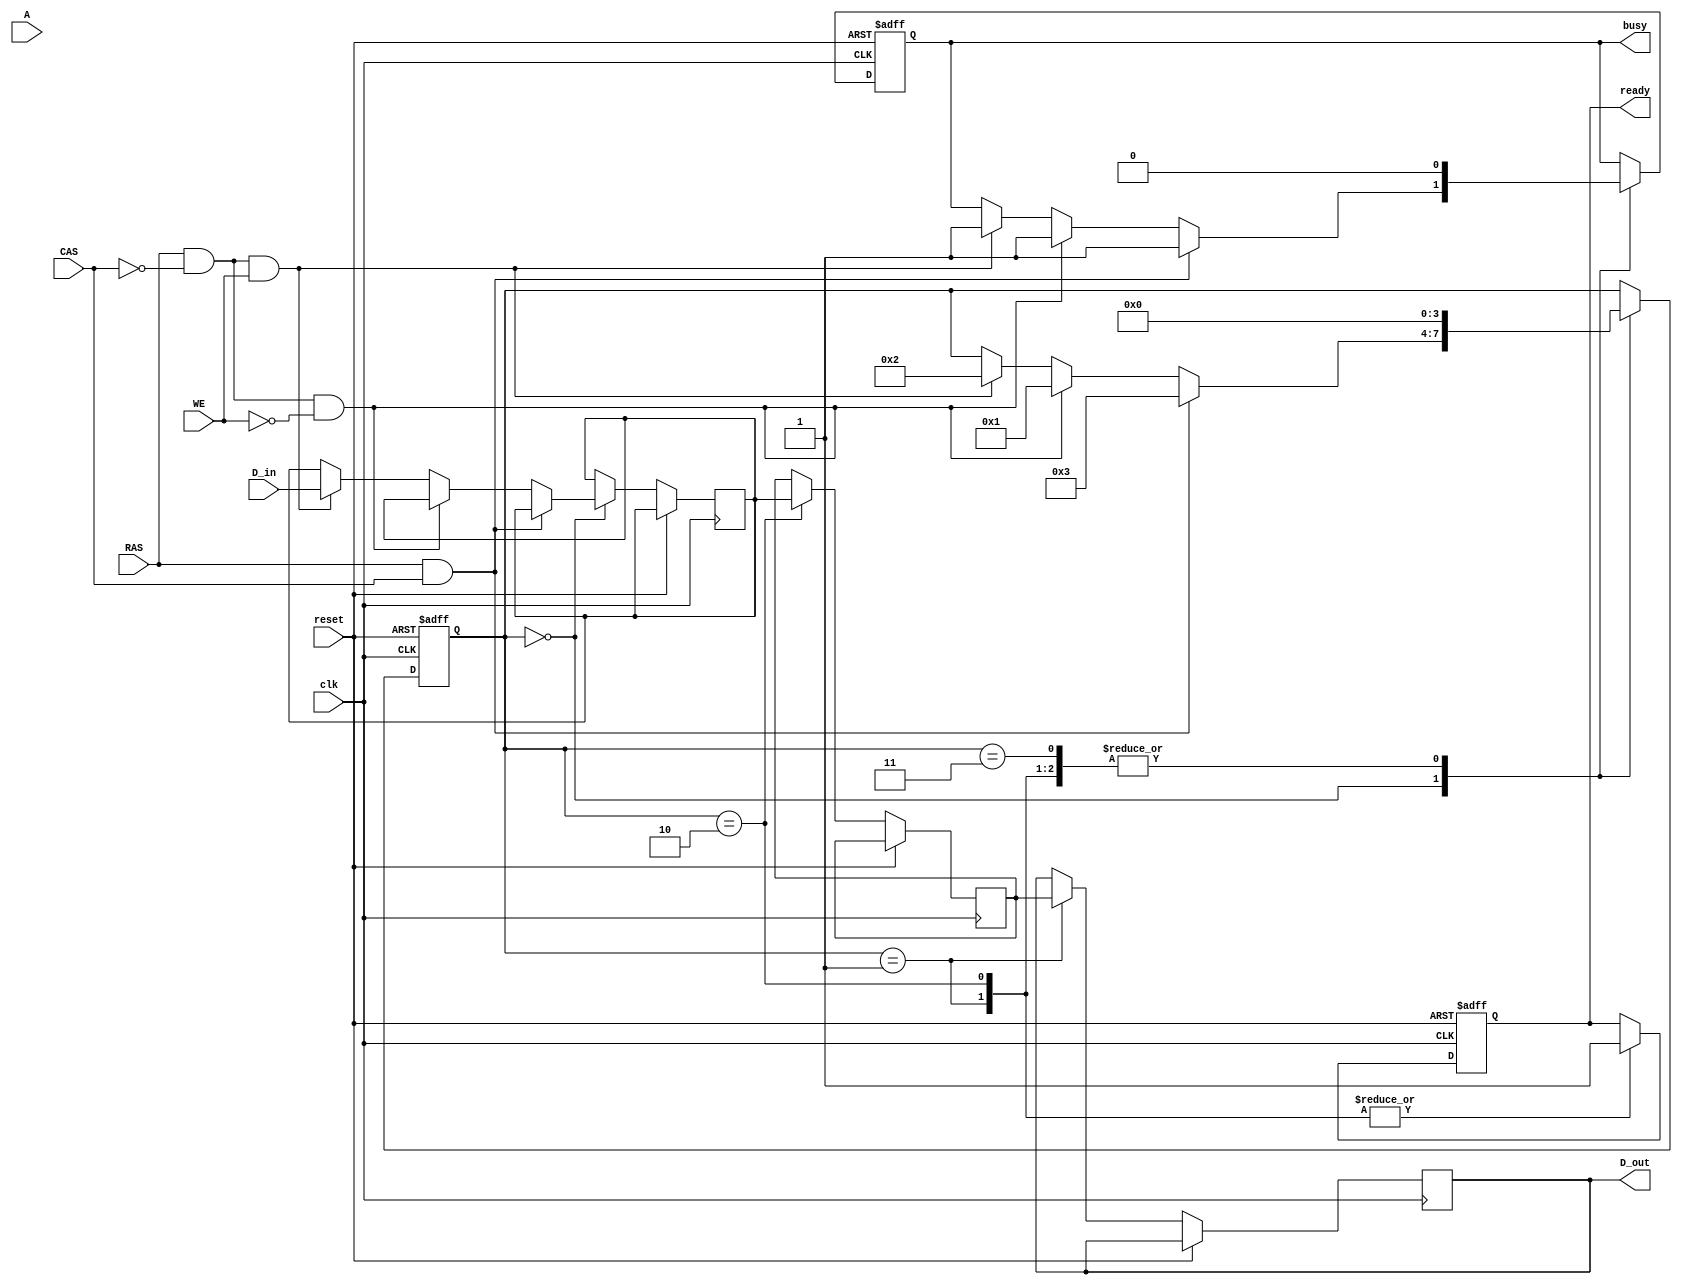
module DRAM_IO_Block (
    input wire clk,               // System clock
    input wire reset,             // Reset signal
    input wire [15:0] A,          // Address bus (16-bit)
    input wire RAS,               // Row Address Strobe
    input wire CAS,               // Column Address Strobe
    input wire WE,                // Write Enable
    input wire [7:0] D_in,        // Data input bus (8-bit)
    output reg [7:0] D_out,       // Data output bus (8-bit)
    output reg ready,             // Status signal: ready
    output reg busy               // Status signal: busy
);

    // Internal signals
    reg [7:0] data_buffer_in;     // Input data buffer
    reg [7:0] data_buffer_out;    // Output data buffer
    reg [15:0] address_latch;     // Address latch
    reg [3:0] state;              // State machine for operation
    reg refresh;                  // Refresh signal

    // State encoding
    localparam IDLE = 4'b0000,
               READ = 4'b0001,
               WRITE = 4'b0010,
               REFRESH = 4'b0011;

    // Timing control logic (simplified)
    always @(posedge clk or posedge reset) begin
        if (reset) begin
            state <= IDLE;
            ready <= 1;
            busy <= 0;
        end else begin
            case (state)
                IDLE: begin
                    if (RAS && CAS) begin
                        // Refresh operation
                        state <= REFRESH;
                        busy <= 1;
                    end else if (RAS && !CAS && !WE) begin
                        // Read operation
                        address_latch <= A;
                        state <= READ;
                        busy <= 1;
                    end else if (RAS && !CAS && WE) begin
                        // Write operation
                        address_latch <= A;
                        data_buffer_in <= D_in;
                        state <= WRITE;
                        busy <= 1;
                    end
                end
                READ: begin
                    // Simulate data read from memory cell array
                    D_out <= data_buffer_out; // Assume data is fetched into buffer
                    ready <= 1;               // Indicate ready for next operation
                    state <= IDLE;
                    busy <= 0;
                end
                WRITE: begin
                    // Simulate data write to memory cell array
                    data_buffer_out <= data_buffer_in; // Assume data is written from buffer
                    ready <= 1;               // Indicate ready for next operation
                    state <= IDLE;
                    busy <= 0;
                end
                REFRESH: begin
                    // Refresh logic (placeholder)
                    refresh <= 1; // Indicate refresh operation
                    // Additional refresh logic can be implemented here
                    state <= IDLE;
                    busy <= 0;
                end
            endcase
        end
    end

    // Error checking (parity or ECC can be implemented here)
    // For simplicity, we are not implementing actual error checking logic in this example

endmodule